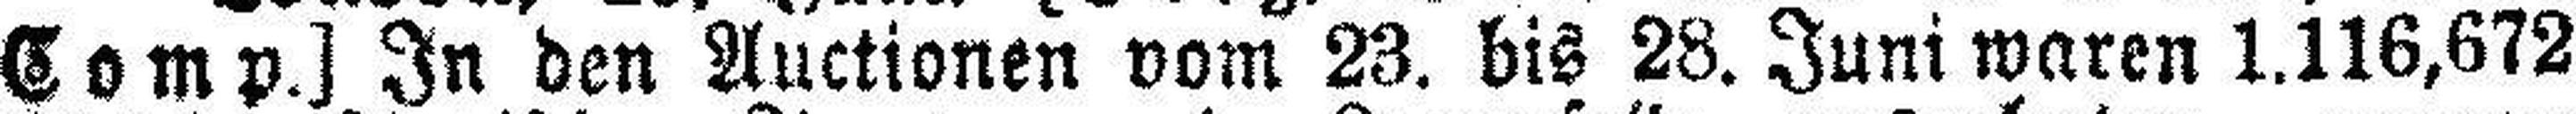
Comp.] In den Auctionen vom 23. bis 28. Juni waren 1.116,672